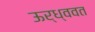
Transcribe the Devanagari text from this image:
ऊर्ध्ववत